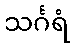
သင်္ဂရံ